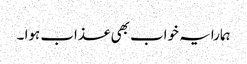
ہمارا یہ خواب بھی عذاب ہوا ۔